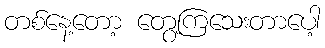
တစ်နေ့တော့ တွေ့ကြသေးတာပေါ့